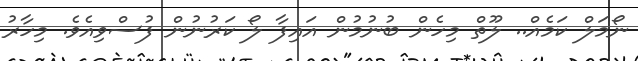
ނޯމަލް ކަމެއް.. ލޫތް މިހެން ބުނުމުން އައިފާ ލޯ ކަރުނުން ފުސްވިއެވެ. މިހާރު